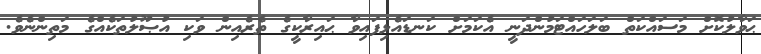
ޙަވާލުކޮށް މަސައްކަތް ބަލަހައްޓަމުންދަނީ އެކަމަށް ކަނޑައެޅިފައިވާ ޙައިރާކީގެ ތެރެއިން ވަކި އުޞޫލުތަކެއްގެ މަތިންނެވެ.